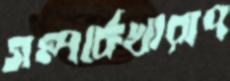
সম্পর্কেখারাপ